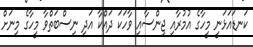
ކަނޑައަޅަނީ މީހާގެ އުމުރާއި ޖިންސާއި ވާހަކަ ދައްކާ އަދި ނިސްބަތްވާ މީހާގެ މިނަށް